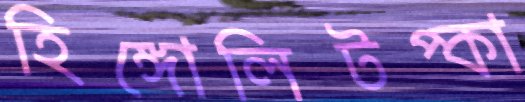
হিঙ্গোলিটপ্‌কা